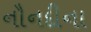
નૌનદીના